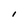
Character: 1